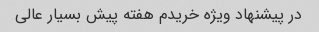
در پیشنهاد ویژه خریدم هفته پیش بسیار عالی